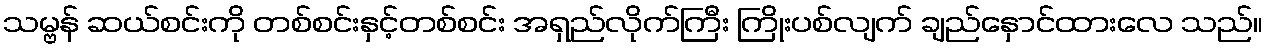
သမ္ဗန် ဆယ်စင်းကို တစ်စင်းနှင့်တစ်စင်း အရှည်လိုက်ကြီး ကြိုးပစ်လျက် ချည်နှောင်ထားလေ သည်။